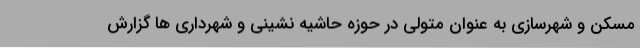
مسکن و شهرسازی به عنوان متولی در حوزه حاشیه نشینی و شهرداری ها گزارش